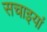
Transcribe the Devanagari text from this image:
सचाइयां